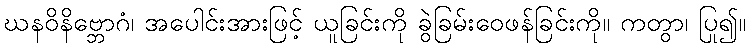
ဃနဝိနိဗ္ဘောဂံ၊ အပေါင်းအားဖြင့် ယူခြင်းကို ခွဲခြမ်းဝေဖန်ခြင်းကို။ ကတွာ၊ ပြု၍။